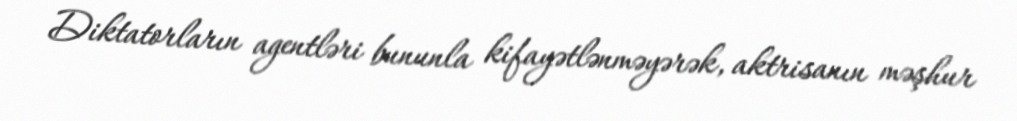
Diktatorların agentləri bununla kifayətlənməyərək, aktrisanın məşhur